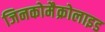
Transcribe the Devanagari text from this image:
जिनकोमैक्रोलाइड